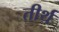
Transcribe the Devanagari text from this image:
तीर्थ